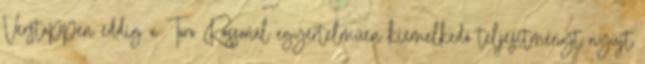
Verstappen eddig a Toro Rossonál egyértelműen kiemelkedő teljesítményt nyújt